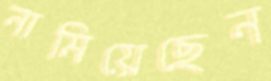
নামিয়েছেন